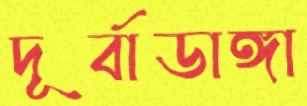
দূর্বাডাঙ্গা